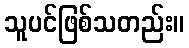
သူပင်ဖြစ်သတည်း။